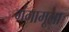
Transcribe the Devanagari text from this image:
गंगामूला